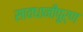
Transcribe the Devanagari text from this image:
सावधानीपूर्ण